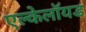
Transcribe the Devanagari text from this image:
एल्केलॉयड